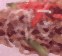
সোর্ড